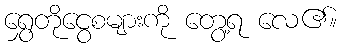
ရွှေတိုငွေစများကို တွေ့ရ လေ၏။